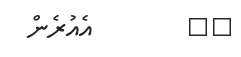
٥٣        އެއުރެން